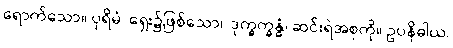
ရောက်သော။ ပုရိမံ၊ ရှေး၌ဖြစ်သော။ ဒုက္ခက္ခန္ဓံ၊ ဆင်းရဲအစုကို။ ဥပနိဓါယ၊